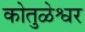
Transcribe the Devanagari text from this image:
कोतुळेश्वर